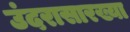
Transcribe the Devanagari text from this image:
उंदरासारख्या